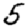
Digit: 5